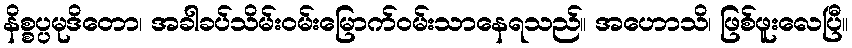
နိစ္စပ္ပမုဒိတော၊ အခါခပ်သိမ်းဝမ်းမြောက်ဝမ်းသာနေရသည်။ အဟောသိ၊ ဖြစ်ဖူးလေပြီ။